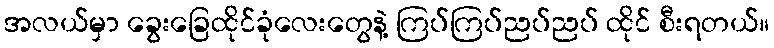
အလယ်မှာ ခွေးခြေထိုင်ခုံလေးတွေနဲ့ ကြပ်ကြပ်ညပ်ညပ် ထိုင် စီးရတယ်။